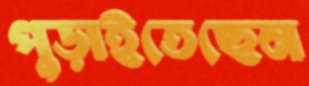
পুড়াইতেছেন